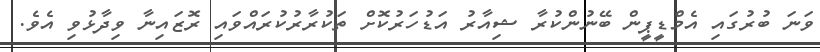
ވަނަ ބުރުގައި އެމްޑީޕީން ބޭނުންކުރާ ޝިއާރު އަޑުހަރުކޮށް ތަކުރާރުކުރައްވައި ރޮޒައިނާ ވިދާޅުވި އެވެ.